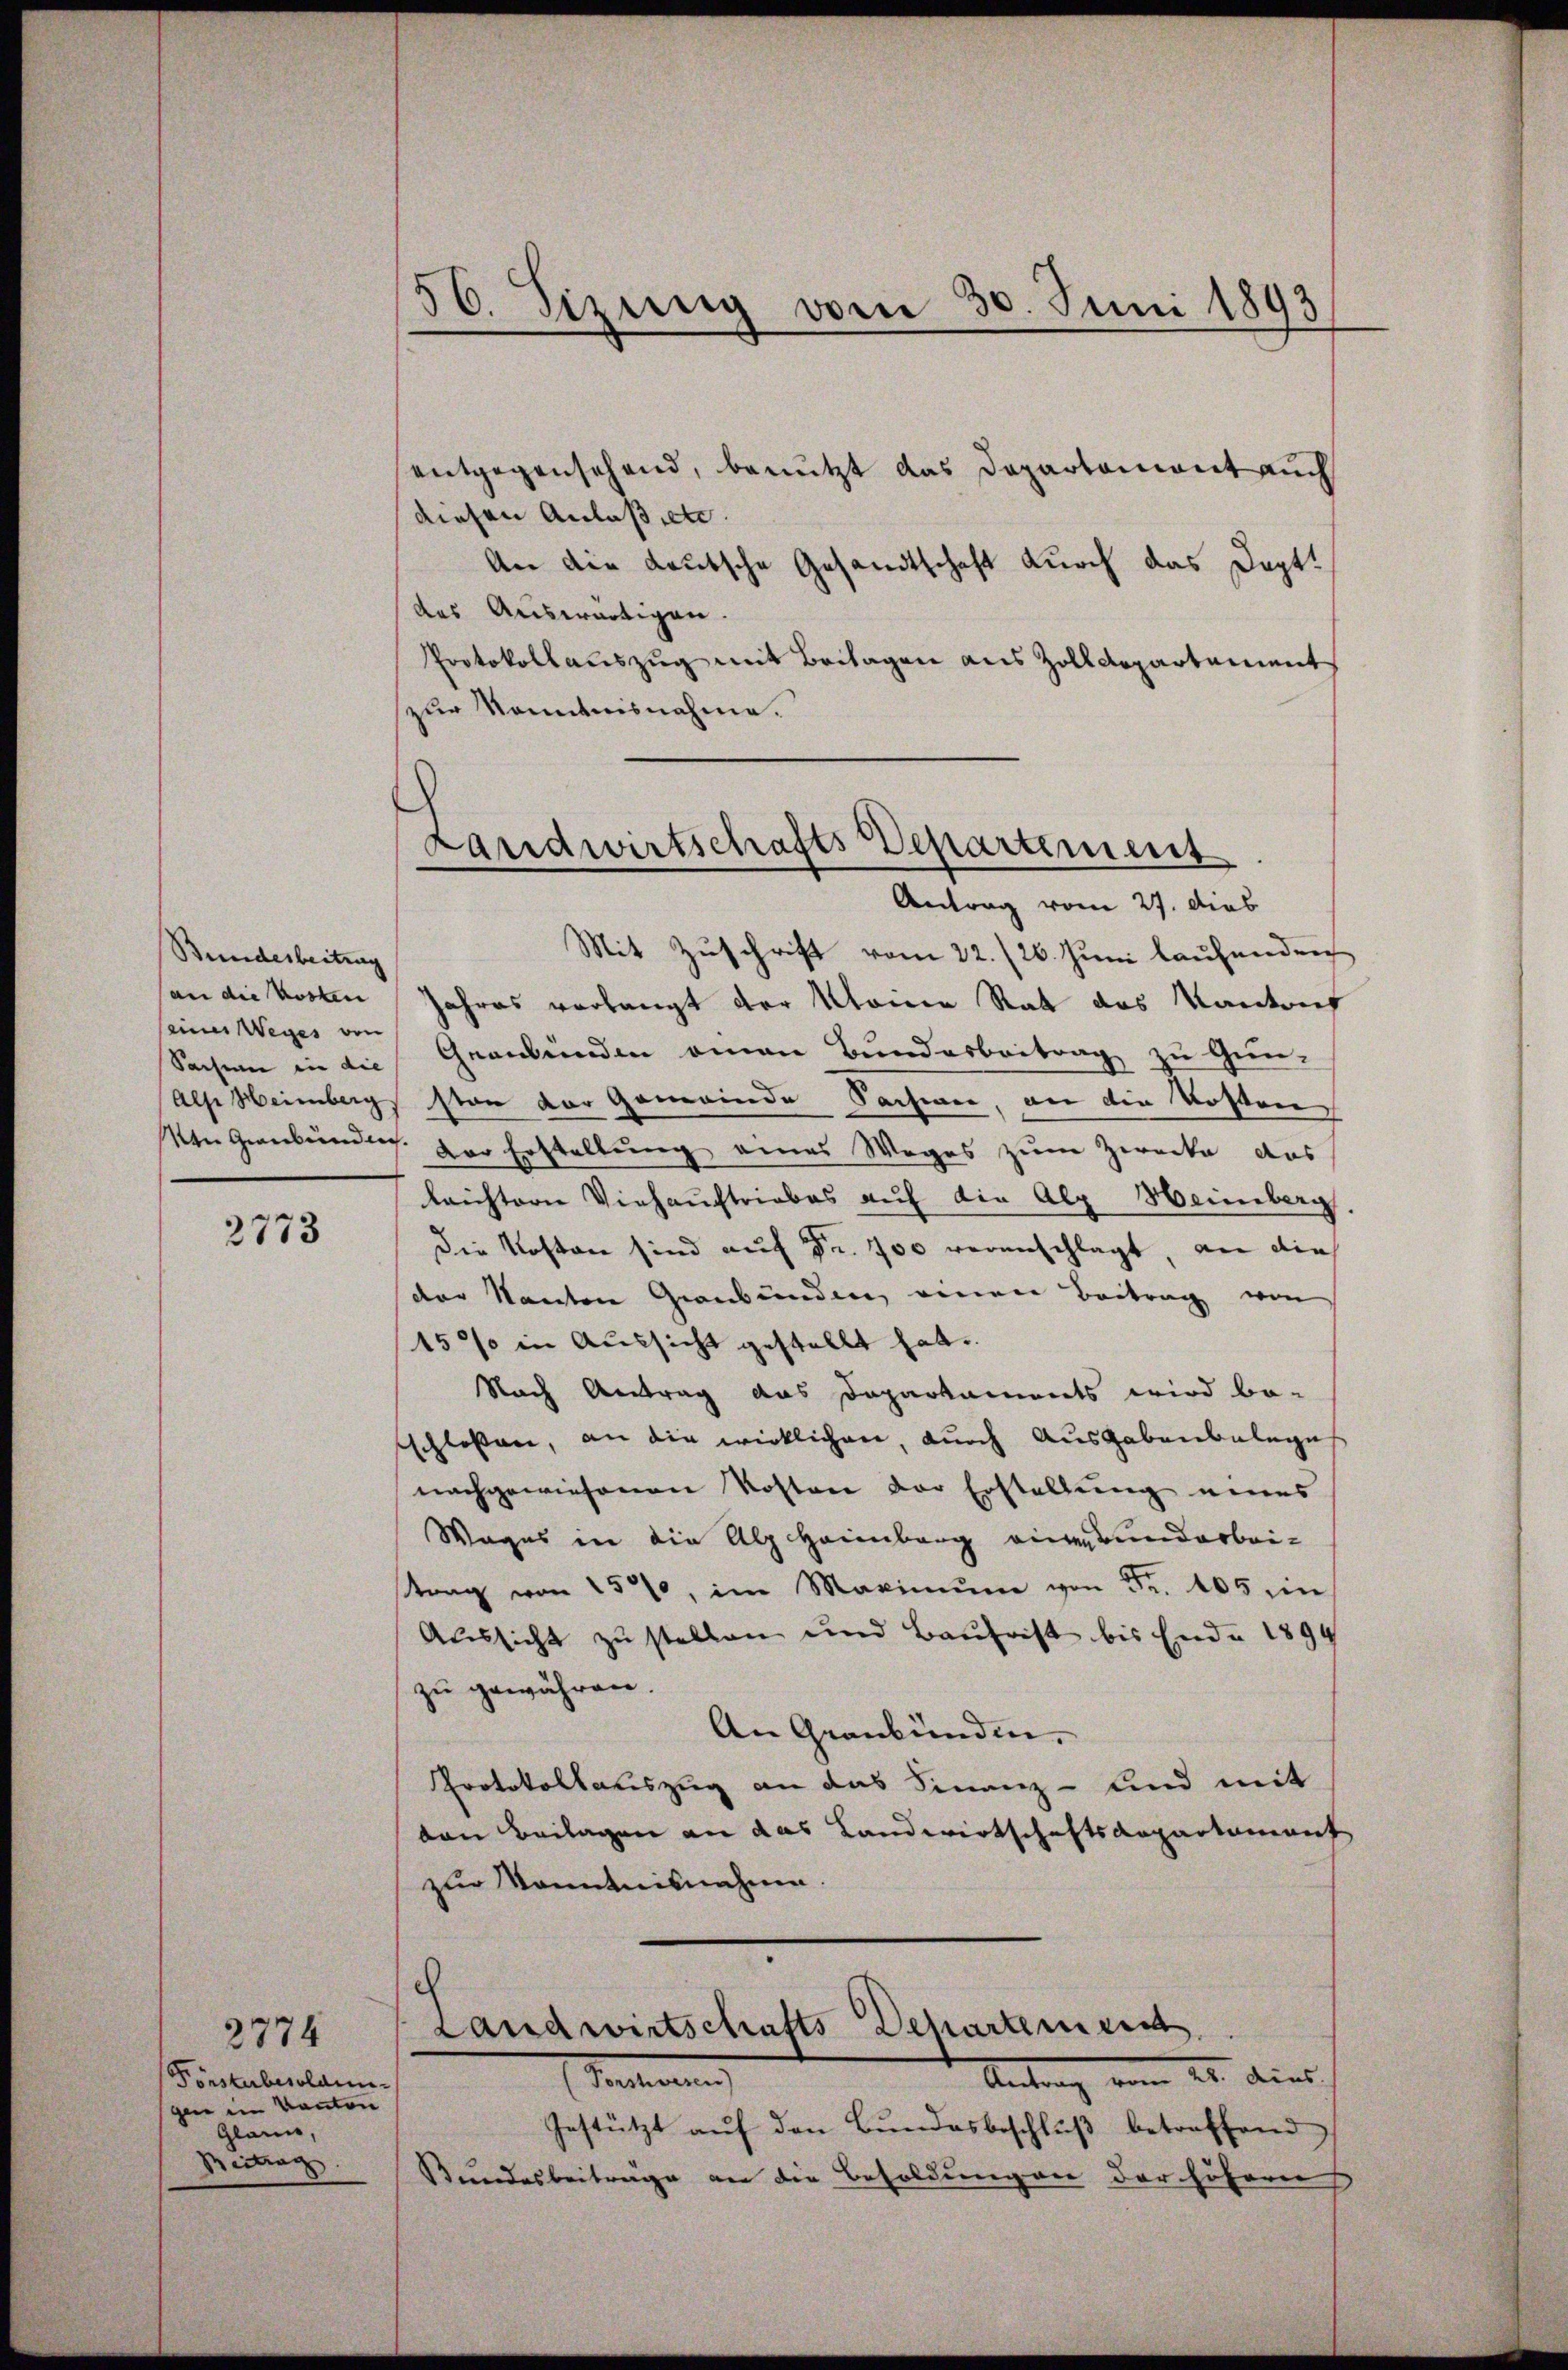
Bunderbeitung
einer Weges von
Sachen in die |

2773

2774
Fönsterbesoldungen im Kanton
Glaii,
Beitrag

entgegensehend, benutzt das Departament auch
diesen Anlaßte.
An die deutsche Gesandtschaft durch das Dopt.
(des Auswärtigen.
Protokollauszug mit Beilagen aus Zolldepartement
zur Kenntnisnahme.

56. Sizung vom 30. Juni 1893

Landwirtschafts Departiment.
Antrag vom 27. dies

Mit Zuschrift vom 22./26. Juni laufendeich
an die Kosten Jahres verlangt der Meine Rat des Kantons
Geandenden einen Bundesbeitrag zu Gun-
Alse Heimberg stan der Gemeinde Sachwer, an die Kosten
Ven Graubündig. Dor Erstellung eines Weges zum Zwecke des
leichtern Viehaustriebes auf die Alp Heinberg
Die Kosten sind auf Fr. 700 veranschlagt, an die
der Nanten Graubünden einen Beitrag von
15% in Aussicht gestellt hat.
Nach Antrag das Daparkaments wird be-
schloßen, an die wirklichen, durch Ausgabenbeleges
nachgewiesenen Kosten der Erstellung eines
Wages in die Alp Hainbarg eingrundarbeitrag von 157, im Maximum von Fr. 105 ein
Aussicht zu stellen und Baufrist bis Ende 1894
zu gewähren.
An Graubünden.
Protokollauszug an das Finanz- und mit
den Beilagen an das Landwirtschaftsdepartement
zur Kenntnisnahme

Landwirtschafts Dehartement
Antrag vom 22. dies
Sentirung

Gestützt auf den Bundesbeschluß betreffend
Bundesbeiträge an die Besoldungen der höhern